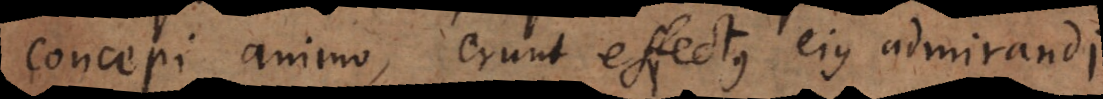
concepi animo, erunt effectus ejus admirandi